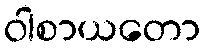
ဝါစာယတော